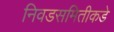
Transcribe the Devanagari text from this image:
निवडसमितीकडे